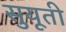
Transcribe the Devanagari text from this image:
सुयूती